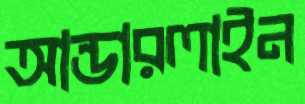
আন্ডারলাইন